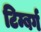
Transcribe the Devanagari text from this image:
टिम्बर्ग